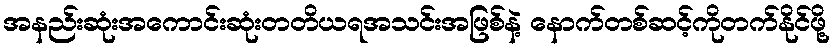
အနည်းဆုံးအကောင်းဆုံးတတိယရအသင်းအဖြစ်နဲ့ နောက်တစ်ဆင့်ကိုတက်နိုင်ဖို့